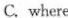
C.where